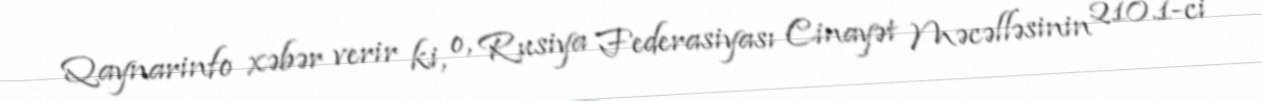
Qaynarinfo xəbər verir ki, o, Rusiya Federasiyası Cinayət Məcəlləsinin 210.1-ci